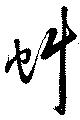
虯